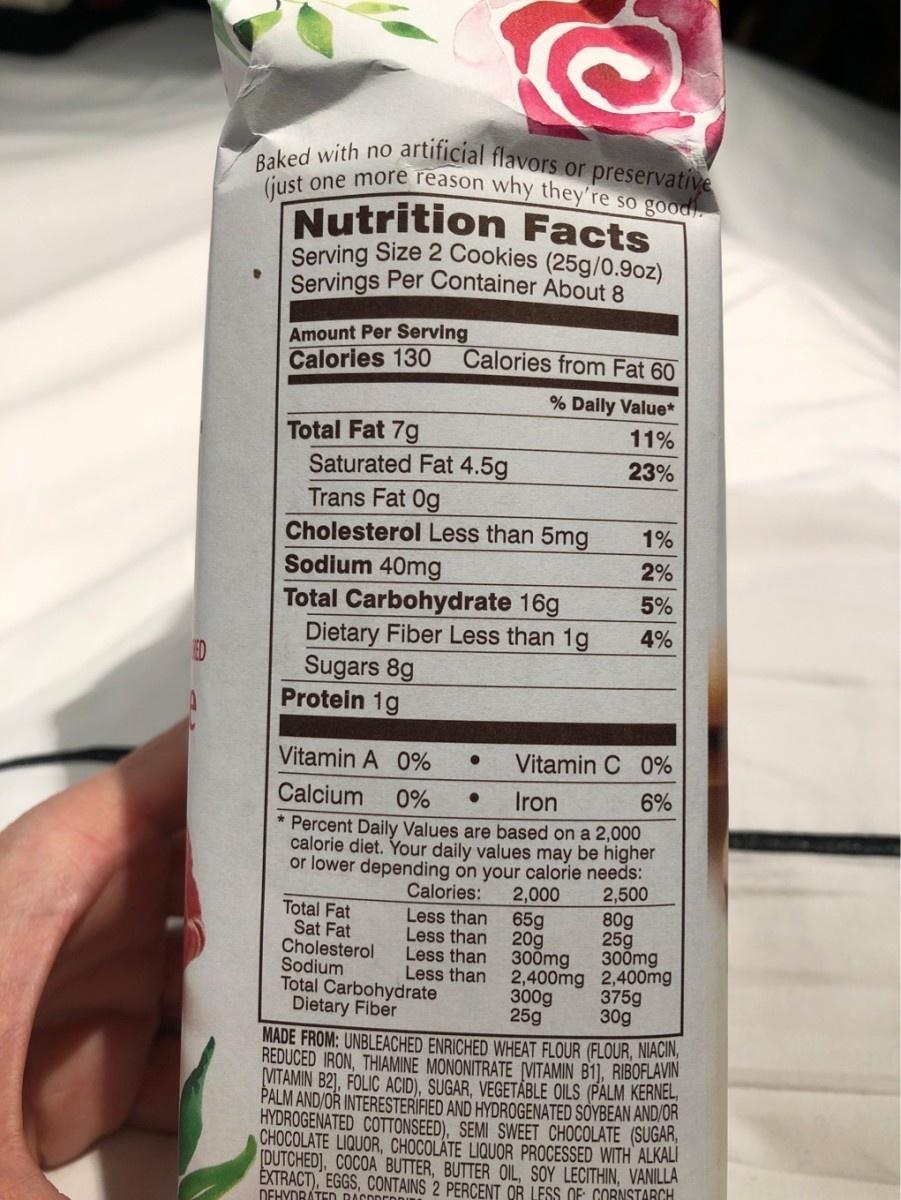
Serving Size 2 Cookies (25g/0.9oz)
artificial flavors or preservative
with no Bak one more reason why they're so good.
Nutrition Facts
Servings Per Container About 8
Amount Per Serving Calories 130
Calories from Fat 60
% Daily Value*
Total Fat 7g Saturated Fat 4.5g Trans Fat 0g Cholesterol Less than 5mg Sodium 40mg Total Carbohydrate 16g Dietary Fiber Less than 1g Sugars 8g Protein 1g
11%
23%
1%
2%
5%
4%
Vitamin A 0%
Vitamin C 0%
Calcium
0%
Iron
6%
Percent Daily Values are based on a 2,000 calorie diet. Your daily values may be higher or lower depending on your calorie needs: Calories: Less than Less than Less than Less than
2,500 80g 25g 300mg 2,400mg 2,400mg 375g 30g
2,000
Total Fat Sat Fat Cholesterol Sodium Total Carbohydrate Dietary Fiber
65g 20g
300mg
300g 25g
MADE FROM: UNBLEACHED ENRICHED WHEAT FLOUR (FLOUR, NIACIN, REDUCED IRON, THIAMINE MONONITRATE VITAMIN B1], RIBOFLAVIN MTAMIN B2), FOLIC ACID), SUGAR, VEGETÅBLE OILS (PALM KERNEL PALM AND/OR INTERESTERÍFIED AND HYDROGENATED SOYBEAN AND/OR HYDROGENATED COTTONSEED), SEMI SWEET CHOCOLATE (SUGAR, CHOCOLATE LIQUOR, CHOCOLÁTE LIQUOR PROCESSED WITH ALKALI (DUTCHED], COCOA BUTTER, BUTTER OIL, SOY LECITHIN, VANILLA EXTRACT), EGGS, CONTAINS 2 PERCENT OR LESS OF CORNSTARCH DEHYDRÁTED BACD